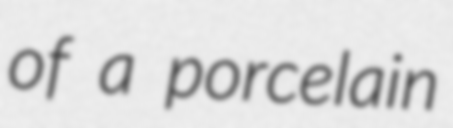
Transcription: of a porcelain